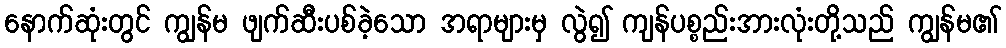
နောက်ဆုံးတွင် ကျွန်မ ဖျက်ဆီးပစ်ခဲ့သော အရာများမှ လွဲ၍ ကျန်ပစ္စည်းအားလုံးတို့သည် ကျွန်မ၏